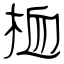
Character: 桖